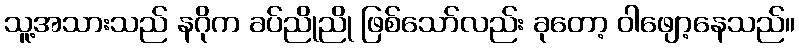
သူ့အသားသည် နဂိုက ခပ်ညိုညို ဖြစ်သော်လည်း ခုတော့ ဝါဖျော့နေသည်။